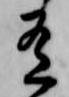
有